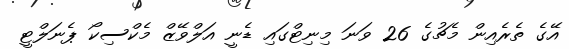
އޭގެ ތެރެއިން މެޗުގެ 26 ވަނަ މިނިޓްގައި ޑެނީ އަލްވޭޒް މެކްސިކޯ ޕެނަލްޓީ